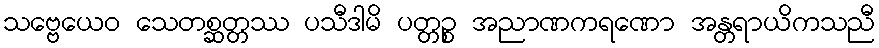
သဗ္ဗေယေဝ သေတစ္ဆတ္တဿ ပသီဒါမိ ပတ္တဉ္စ အညာဏကရဏော အန္တရာယိကသညီ